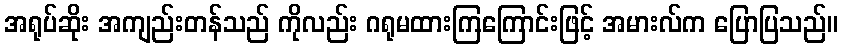
အရုပ်ဆိုး အကျည်းတန်သည် ကိုလည်း ဂရုမထားကြကြောင်းဖြင့် အမားလ်က ပြောပြသည်။